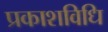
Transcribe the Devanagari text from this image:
प्रकाशविधि